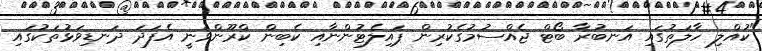
"ކުއްލި ހާލަތުގައި އަނބުރާ ބޯޓް ޖެއްސުމުގެކުރިން ޕައިލެޓުންނާއި ކެބިން ކްރޫންވަނީ އެފަދަ ދަނޑިވަޅުތަކުގައި